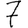
Digit: 7